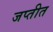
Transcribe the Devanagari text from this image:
जप्तीत